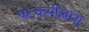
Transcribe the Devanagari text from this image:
षटकर्मील्लास